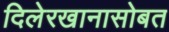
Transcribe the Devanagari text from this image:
दिलेरखानासोबत